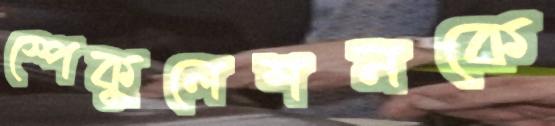
স্পেকুলেশনকে